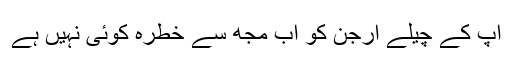
آپ کے چیلے ارجنؔ کو اب مجھ سے خطرہ کوئی نہیں ہے